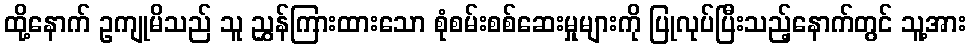
ထို့နောက် ဥကျုမိသည် သူ ညွှန်ကြားထားသော စုံစမ်းစစ်ဆေးမှုများကို ပြုလုပ်ပြီးသည့်နောက်တွင် သူ့အား